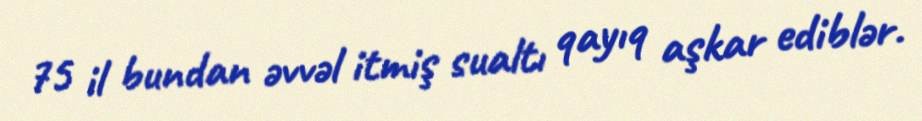
75 il bundan əvvəl itmiş sualtı qayıq aşkar ediblər.